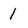
Character: 1